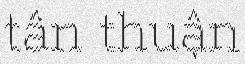
tân thuận